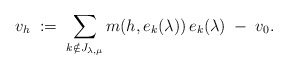
\begin{align*}v_h \; :=\; \sum_{k\notin J_{\lambda, \mu}} m(h, e_k(\lambda))\, e_k(\lambda) \; -\; v_0.\end{align*}